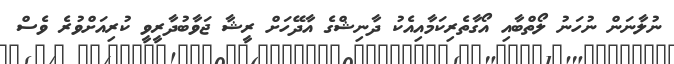
ނުލާނަން ނުހަނު ލޯތްބާއި އޯގާތެރިކަމާއިއެކު ދާނިޝްގެ އާދޭހަށް ރީޝާ ޖަވާބުދާރީވީީ ކުރިއަށްވުރެ ވެސް